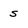
Character: s